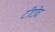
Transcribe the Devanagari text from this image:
टीटोव